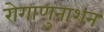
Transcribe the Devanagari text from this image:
रोगाणुनाशन